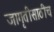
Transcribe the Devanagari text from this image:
जागृतीसाठीच